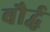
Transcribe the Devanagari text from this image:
बौर्द्ध